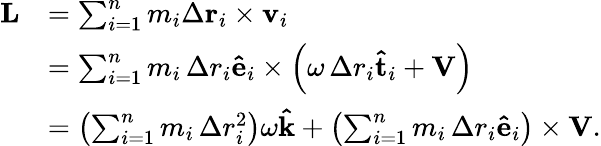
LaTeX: {\begin{array}{rl}{\mathbf{L}}&{=\sum_{i=1}^{n}m_{i}\Delta\mathbf{r}_{i}\times\mathbf{v}_{i}}\\ &{=\sum_{i=1}^{n}m_{i}\, \Delta r_{i}\mathbf{\hat{e}}_{i}\times\left(\omega\, \Delta r_{i}\mathbf{\hat{t}}_{i}+\mathbf{V}\right)}\\ &{=\left(\sum_{i=1}^{n}m_{i}\, \Delta r_{i}^{2}\right)\omega\mathbf{\hat{k}}+\left(\sum_{i=1}^{n}m_{i}\, \Delta r_{i}\mathbf{\hat{e}}_{i}\right)\times\mathbf{V}.}\end{array}}